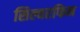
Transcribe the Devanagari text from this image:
सिल्वरफिन